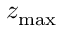
z _ { \mathrm { m a x } }